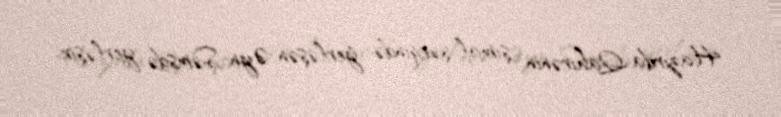
Hazırda Qahirənin şimal-şərqində yerləşən Əyn-Şəmsdə yerləşir.